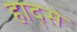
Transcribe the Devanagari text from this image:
हाद्से